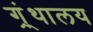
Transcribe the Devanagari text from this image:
ग्र्ंथालय